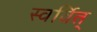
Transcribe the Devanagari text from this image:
स्वर्वित्